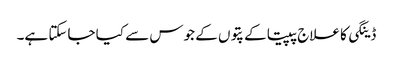
ڈینگی کا علاج پپیتا کے پتوں کے جوس سے کیا جاسکتا ہے۔